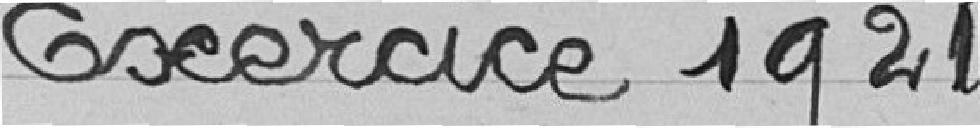
Exercice 1921